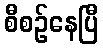
စီစဉ်နေပြီ